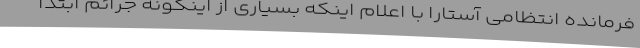
فرمانده انتظامی آستارا با اعلام اینکه بسیاری از اینگونه جرائم ابتدا